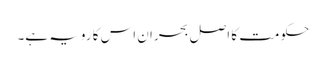
حکومت کا اصل بحران اس کا رویہ ہے۔